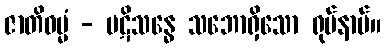
ဇာတိဓမ္မံ - ပဋိသန္ဓေ သဘောရှိသော ရုပ်နာမ်။